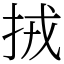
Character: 𢫨